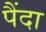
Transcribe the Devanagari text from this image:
पैंदा